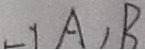
- 1 A , B